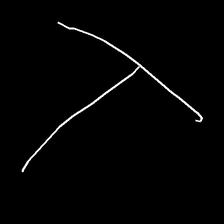
Glyph: column